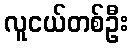
လူငယ်တစ်ဦး